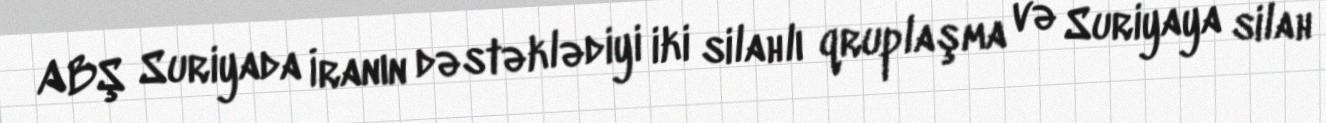
ABŞ Suriyada İranın dəstəklədiyi iki silahlı qruplaşma və Suriyaya silah